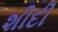
શીદી